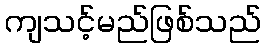
ကျသင့်မည်ဖြစ်သည်